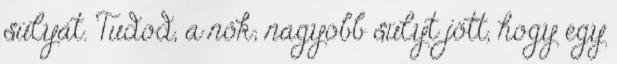
súlyát. Tudod, a nők; nagyobb súlyt jött, hogy egy